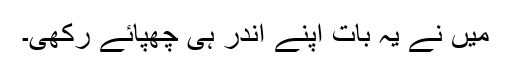
میں نے یہ بات اپنے اندر ہی چُھپائے رکھی۔